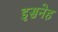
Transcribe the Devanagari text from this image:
इसनेह